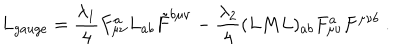
L _ { g a u g e } = { \frac { \lambda _ { 1 } } { 4 } } F _ { \mu \nu } ^ { a } L _ { a b } \tilde { F } ^ { b \mu \nu } - { \frac { \lambda _ { 2 } } { 4 } } ( L M L ) _ { a b } F _ { \mu \nu } ^ { a } F ^ { \mu \nu b } { } ~ .